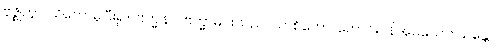
ဗုဇ္ဈိတွာ၊ သိတော်မူပြီး၍။ ဗြဟ္မုနာ၊ ဗြဟ္မာမင်းသည်။ ယာစိတော၊ တောင်းပန်အပ်သော။ သန္တော၊